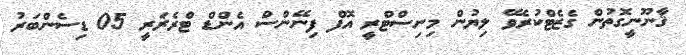
ޤާނޫނީގޮތުން ގެޒެޓްކުރެވޭ ލިޔުން މިނިސްޓްރީ އޮފް ފިނޭންސް އެންޑް ޓްރެޜަރީ 05 ޑިސެންބަރު